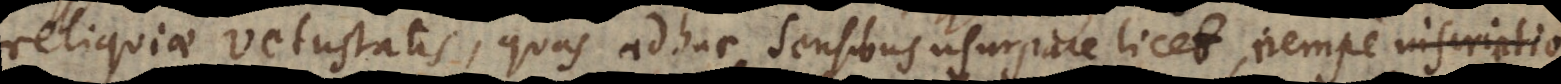
reliquiae vetustatis, quas adhuc sensibus usurpare licet, nempe inscription